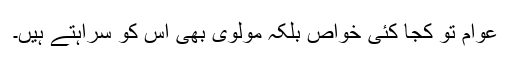
عوام تو کجا کئی خواص بلکہ مولوی بھی اس کو سراہتے ہیں۔